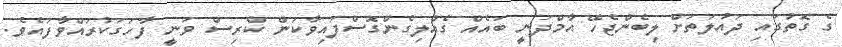
ގެ ގޮތުގައި ދައުލަތަށް ލިބެންޖެހޭ އާމްދަނީ ބައެއް ގެއްލިގެންގޮސްފައިވާކަން ކްރިސް ވަނީ ފާހަަގަކުރައްވާފައެވެ.